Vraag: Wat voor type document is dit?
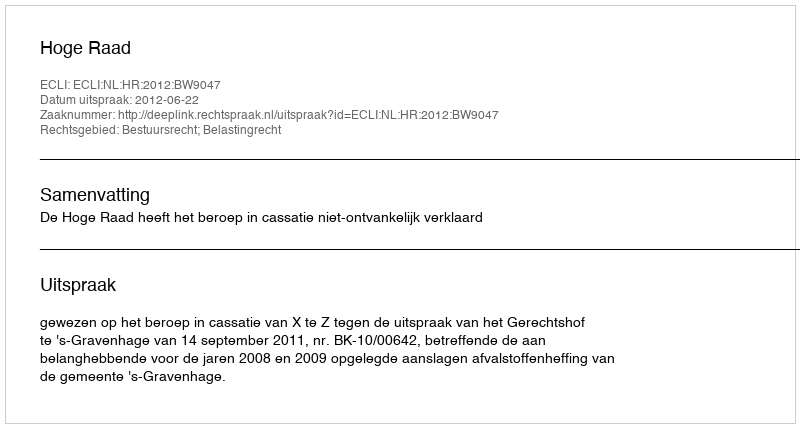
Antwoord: Uitspraak